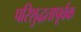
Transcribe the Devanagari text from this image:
परिशुद्धतापूर्वक